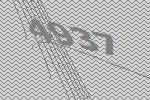
4937